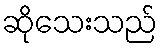
ဆိုသေးသည်